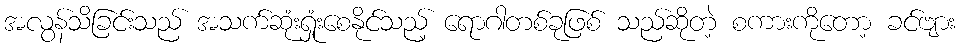
အလွန်သိခြင်းသည် အသက်ဆုံးရှုံးစေနိုင်သည့် ရောဂါတစ်ခုဖြစ် သည်ဆိုတဲ့ စကားကိုတော့ ခင်ဗျား